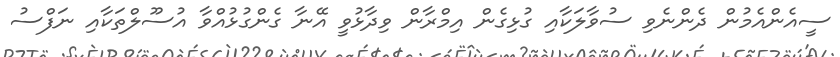
ސީއެންއެމުން ދެންނެވި ސުވާލަކާއި ގުޅިގެން އިމްރާން ވިދާޅުވީ އޭނާ ގެންގުޅުއްވާ އުސޫލްތަކާއި ނަފްސު